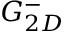
G _ { 2 D } ^ { - }